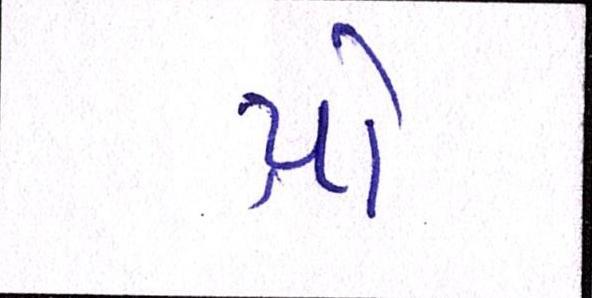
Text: પ્રો